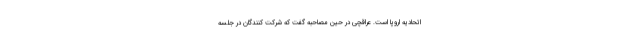
اتحادیه اروپا است. عراقچی در حین مصاحبه گفت که شرکت کنندگان در جلسه